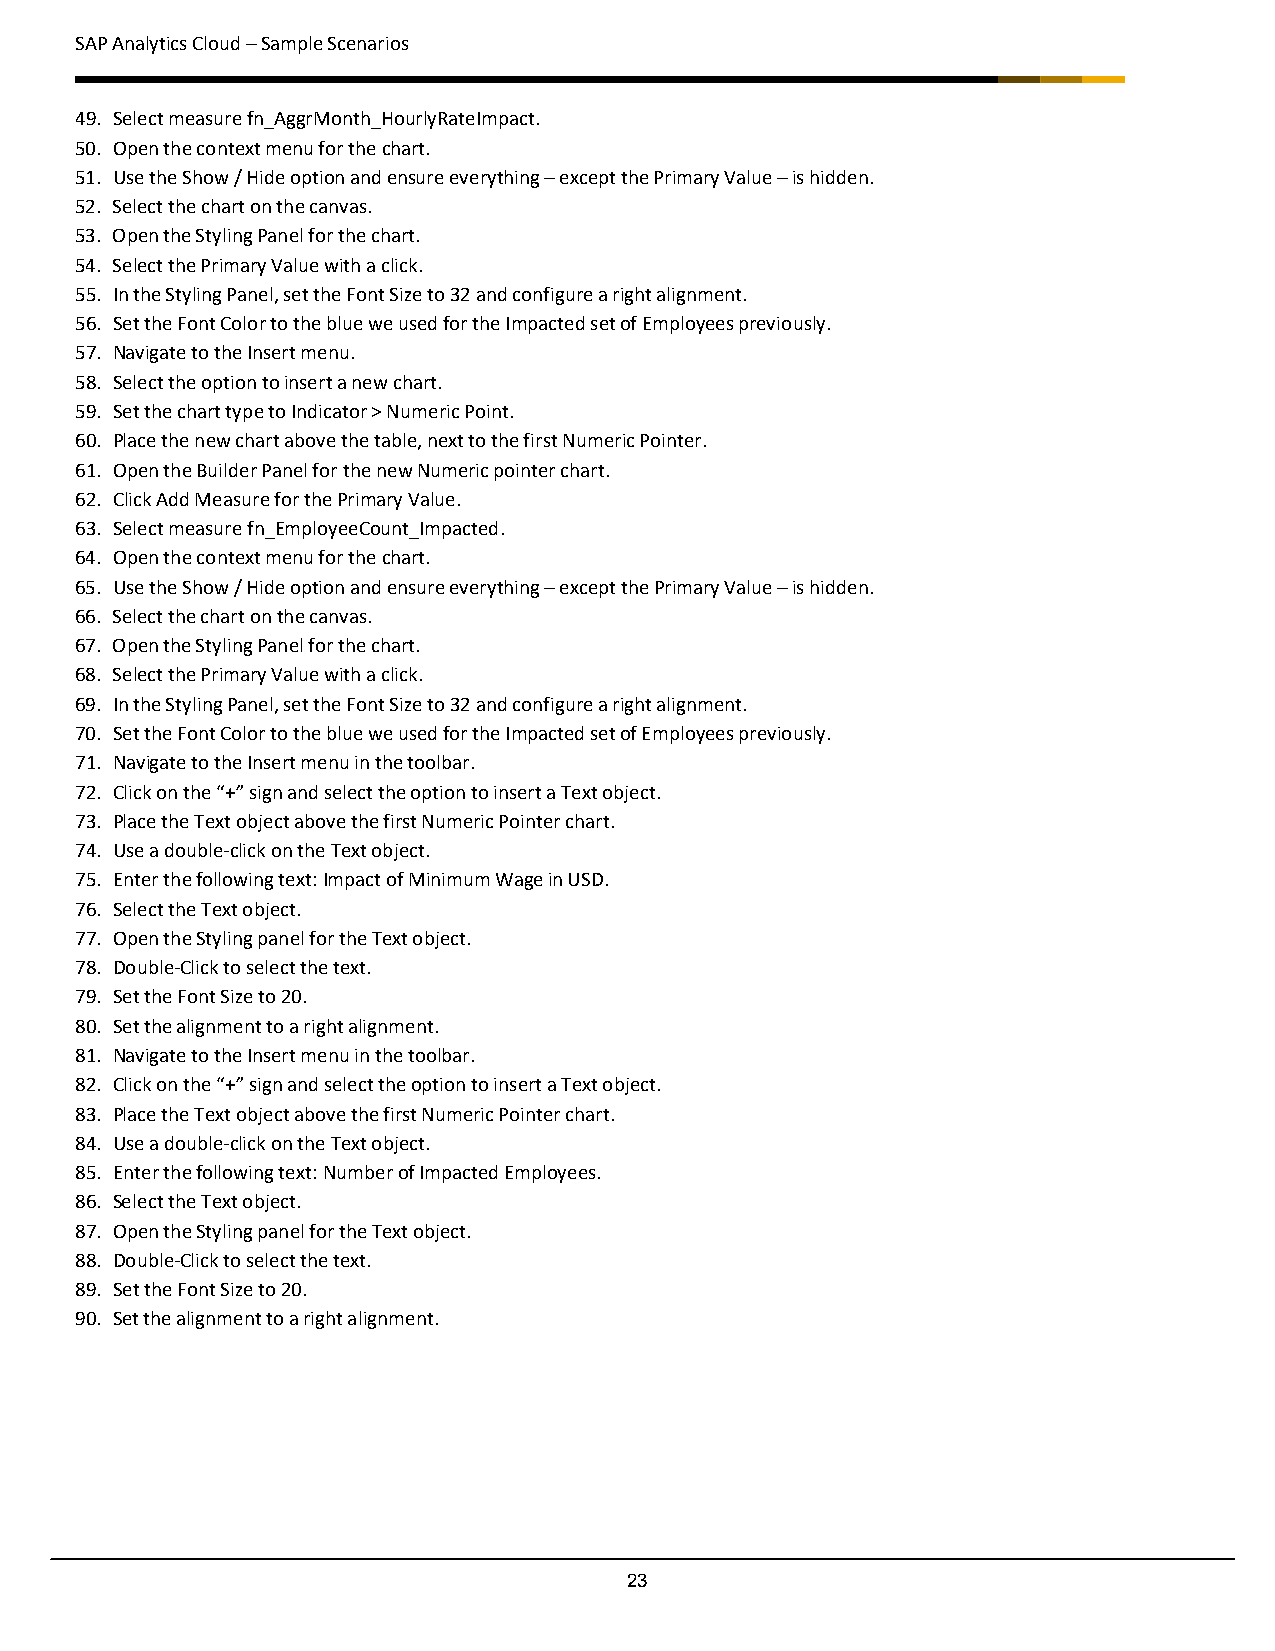
SAP Analytics Cloud – Sample Scenarios
 49. Select measure fn_AggrMonth_HourlyRateImpact.
 50. Open the context menu for the chart.
 51. Use the Show / Hide option and ensure everything – except the Primary Value – is hidden.
 52. Select the chart on the canvas.
 53. Open the Styling Panel for the chart.
 54. Select the Primary Value with a click.
 55. In the Styling Panel, set the Font Size to 32 and configure a right alignment.
 56. Set the Font Color to the blue we used for the Impacted set of Employees previously.
 57. Navigate to the Insert menu.
 58. Select the option to insert a new chart.
 59. Set the chart type to Indicator > Numeric Point.
 60. Place the new chart above the table, next to the first Numeric Pointer.
 61. Open the Builder Panel for the new Numeric pointer chart.
 62. Click Add Measure for the Primary Value.
 63. Select measure fn_EmployeeCount_Impacted.
 64. Open the context menu for the chart.
 65. Use the Show / Hide option and ensure everything – except the Primary Value – is hidden.
 66. Select the chart on the canvas.
 67. Open the Styling Panel for the chart.
 68. Select the Primary Value with a click.
 69. In the Styling Panel, set the Font Size to 32 and configure a right alignment.
 70. Set the Font Color to the blue we used for the Impacted set of Employees previously.
 71. Navigate to the Insert menu in the toolbar.
 72. Click on the “+” sign and select the option to insert a Text object.
 73. Place the Text object above the first Numeric Pointer chart.
 74. Use a double-click on the Text object.
 75. Enter the following text: Impact of Minimum Wage in USD.
 76. Select the Text object.
 77. Open the Styling panel for the Text object.
 78. Double-Click to select the text.
 79. Set the Font Size to 20.
 80. Set the alignment to a right alignment.
 81. Navigate to the Insert menu in the toolbar.
 82. Click on the “+” sign and select the option to insert a Text object.
 83. Place the Text object above the first Numeric Pointer chart.
 84. Use a double-click on the Text object.
 85. Enter the following text: Number of Impacted Employees.
 86. Select the Text object.
 87. Open the Styling panel for the Text object.
 88. Double-Click to select the text.
 89. Set the Font Size to 20.
 90. Set the alignment to a right alignment.
 23